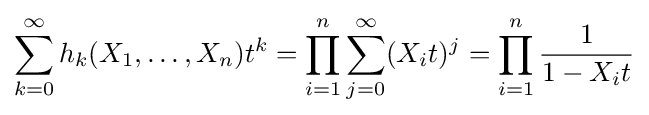
\sum _{k=0}^{\infty }h_{k}(X_{1},\ldots ,X_{n})t^{k}=\prod _{i=1}^{n}\sum _{j=0}^{\infty }(X_{i}t)^{j}=\prod _{i=1}^{n}{\frac {1}{1-X_{i}t}}